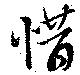
惜